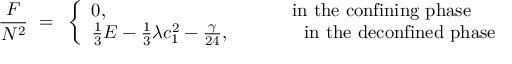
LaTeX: \frac { F } { N ^ { 2 } } ~ = ~ \left\{ \begin{array} { l l } { { 0 , } } & { { \mathrm { i n ~ t h e ~ c o n f i n i n g ~ p h a s e } } } \\ { { \frac { 1 } { 3 } E - \frac { 1 } { 3 } \lambda c _ { 1 } ^ { 2 } - \frac { \gamma } { 2 4 } , ~ ~ ~ ~ ~ ~ ~ } } & { { \mathrm { ~ ~ i n ~ t h e ~ d e c o n f i n e d ~ p h a s e } } } \end{array} \right.